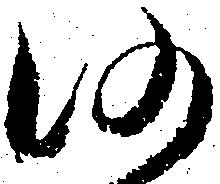
仍